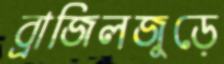
ব্রাজিলজুড়ে